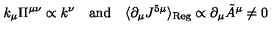
k _ { \mu } \Pi ^ { \mu \nu } \propto k ^ { \nu } \quad \mathrm { a n d } \quad \langle \partial _ { \mu } J ^ { 5 \mu } \rangle _ { \mathrm { R e g } } \propto \partial _ { \mu } { \tilde { A } } ^ { \mu } \neq 0